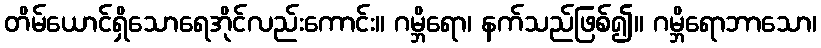
တိမ်ယောင်ရှိသောရေအိုင်လည်းကောင်း။ ဂမ္ဘိရော၊ နက်သည်ဖြစ်၍။ ဂမ္ဘိရောဘာသော၊